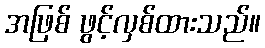
အဖြစ် ဖွင့်လှစ်ထားသည်။